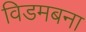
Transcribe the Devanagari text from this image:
विडमबना